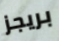
بريجز